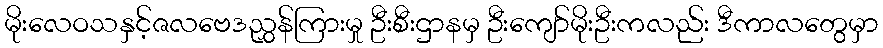
မိုးလေဝသနှင့်ဇလဗေဒညွှန်ကြားမှု ဦးစီးဌာနမှ ဦးကျော်မိုးဦးကလည်း ဒီကာလတွေမှာ